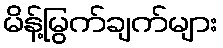
မိန့်မြွက်ချက်များ